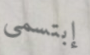
إبتسمي